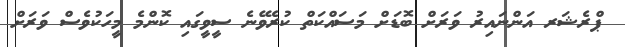
ޕްރެޝަރ އަންނައިރު ވަރަށް ބޮޑަށް މަސައްކަތް ކުރެވޭނެ ސީވީގައި ކޮންމެ މީހަކުވެސް ވަރަށް